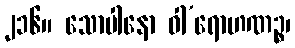
၂၁၆။ သောပါနော ဝါ’ရောဟဏဉ္စ၊